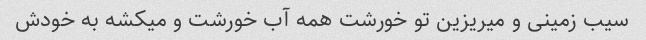
سیب زمینی و میریزین تو خورشت همه آب خورشت و میکشه به خودش